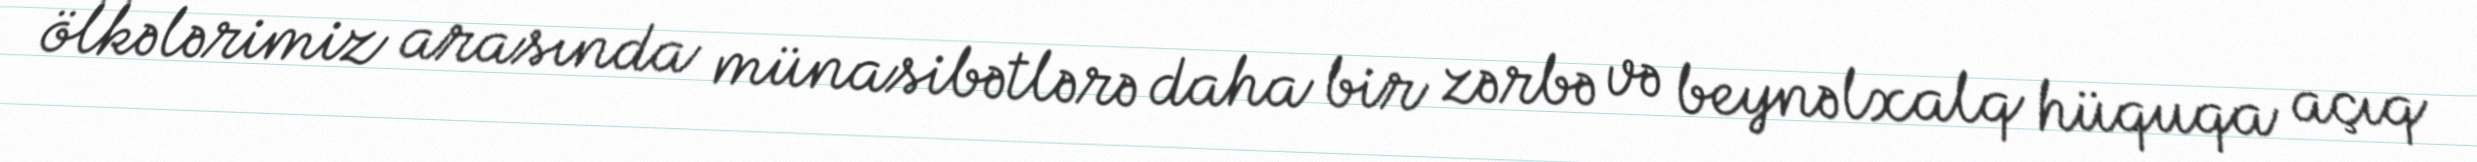
ölkələrimiz arasında münasibətlərə daha bir zərbə və beynəlxalq hüquqa açıq